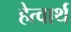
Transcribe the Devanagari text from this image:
हेत्वार्थ